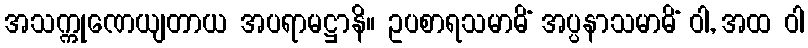
အသက္ကုဏေယျတာယ အပရာမဋ္ဌာနိ။ ဥပစာရသမာဓိံ အပ္ပနာသမာဓိံ ဝါ, အထ ဝါ